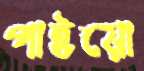
পাইয়ো